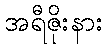
အရီဇိုးနား